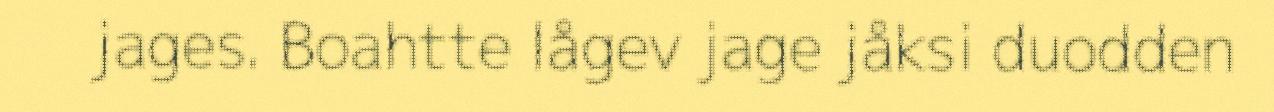
jages. Boahtte lågev jage jåksi duodden